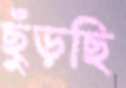
ছুঁড়ছি